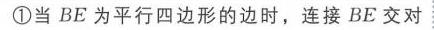
\textcircled{1}当\(BE\)为平行四边形的边时，连接\(BE\)交对